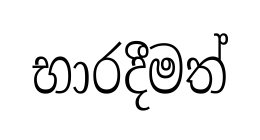
භාරදීමත්